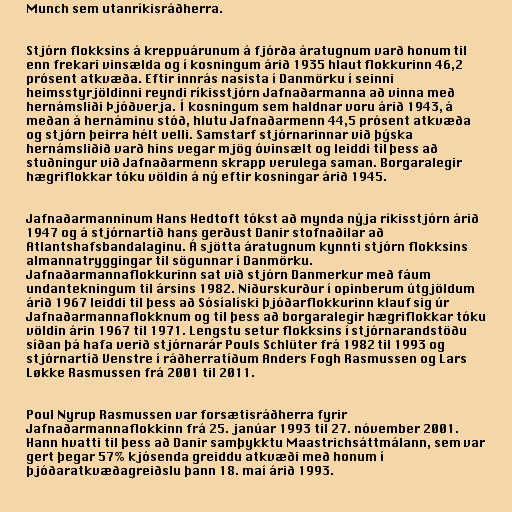
Munch sem utanríkisráðherra.

Stjórn flokksins á kreppuárunum á fjórða áratugnum varð honum til
enn frekari vinsælda og í kosningum árið 1935 hlaut flokkurinn 46,2
prósent atkvæða. Eftir innrás nasista í Danmörku í seinni
heimsstyrjöldinni reyndi ríkisstjórn Jafnaðarmanna að vinna með
hernámsliði Þjóðverja. Í kosningum sem haldnar voru árið 1943, á
meðan á hernáminu stóð, hlutu Jafnaðarmenn 44,5 prósent atkvæða
og stjórn þeirra hélt velli. Samstarf stjórnarinnar við þýska
hernámsliðið varð hins vegar mjög óvinsælt og leiddi til þess að
stuðningur við Jafnaðarmenn skrapp verulega saman. Borgaralegir
hægriflokkar tóku völdin á ný eftir kosningar árið 1945.

Jafnaðarmanninum Hans Hedtoft tókst að mynda nýja ríkisstjórn árið
1947 og á stjórnartíð hans gerðust Danir stofnaðilar að
Atlantshafsbandalaginu. Á sjötta áratugnum kynnti stjórn flokksins
almannatryggingar til sögunnar í Danmörku.
Jafnaðarmannaflokkurinn sat við stjórn Danmerkur með fáum
undantekningum til ársins 1982. Niðurskurður í opinberum útgjöldum
árið 1967 leiddi til þess að Sósíalíski þjóðarflokkurinn klauf sig úr
Jafnaðarmannaflokknum og til þess að borgaralegir hægriflokkar tóku
völdin árin 1967 til 1971. Lengstu setur flokksins í stjórnarandstöðu
síðan þá hafa verið stjórnarár Pouls Schlüter frá 1982 til 1993 og
stjórnartíð Venstre í ráðherratíðum Anders Fogh Rasmussen og Lars
Løkke Rasmussen frá 2001 til 2011.

Poul Nyrup Rasmussen var forsætisráðherra fyrir
Jafnaðarmannaflokkinn frá 25. janúar 1993 til 27. nóvember 2001.
Hann hvatti til þess að Danir samþykktu Maastrichsáttmálann, sem var
gert þegar 57% kjósenda greiddu atkvæði með honum í
þjóðaratkvæðagreiðslu þann 18. maí árið 1993.